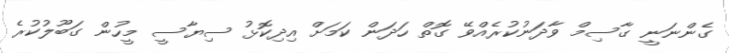
ގެންނަނީ ގާސިމް ވާދަނުކުރެއްވޭ ގޮތް ހަދަން ކަމަށް އިދިކޮޅު ސިޔާސީ މީހުން ގަބޫލުކުރެ